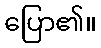
ပြော၏။